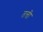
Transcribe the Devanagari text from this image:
तत्ती